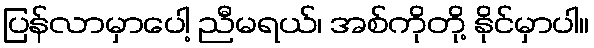
ပြန်လာမှာပေါ့ ညီမရယ်၊ အစ်ကိုတို့ နိုင်မှာပါ။